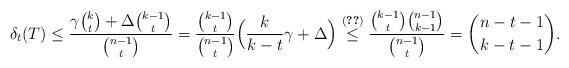
LaTeX: \begin{align*} \delta_t(T)\le \frac{\gamma {k\choose t}+ \Delta {k-1\choose t}}{{n-1\choose t}}=\frac{{k-1\choose t}}{{n-1\choose t}}\Big(\frac k{k-t}\gamma+\Delta\Big)\overset{\eqref{eq02}}{\le} \frac{{k-1\choose t}{n-1\choose k-1}}{{n-1\choose t}}={n-t-1\choose k-t-1}.\end{align*}